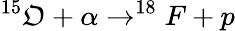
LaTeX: ^{15}\mathfrak{O}+\alpha\rightarrow^{18}F+p